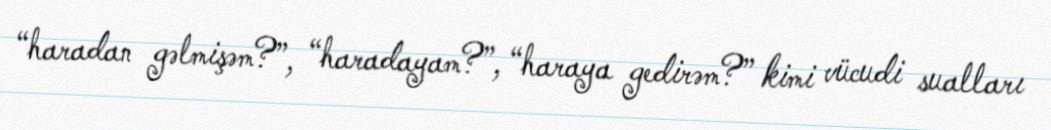
“haradan gəlmişəm?”, “haradayam?”, “haraya gedirəm?” kimi vücudi sualları